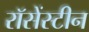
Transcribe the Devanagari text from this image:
रॉसेंस्टीन